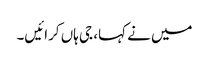
میں نے کہا، جی ہاں کرائیں۔